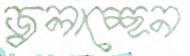
জ্বলাচ্ছেন